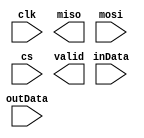
`timescale 1ns / 1ps
//////////////////////////////////////////////////////////////////////////////////
// Company: 
// Engineer: 
// 
// Design Name: 
// Module Name: spiHw
// Project Name: 
// Target Devices: 
// Tool Versions: 
// Description: 
// 
// Dependencies: 
// 
// Revision:
// Revision 0.01 - File Created
// Additional Comments:
// 
//////////////////////////////////////////////////////////////////////////////////


module spiHw(
    input clk,
    output miso,
    input mosi,
    input cs,
    input [7:0] inData,
    input [7:0] outData,
    output valid
    );
endmodule